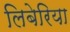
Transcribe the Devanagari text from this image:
लिबेरिया